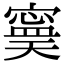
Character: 𡫃